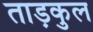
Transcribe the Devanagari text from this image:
ताड़कुल